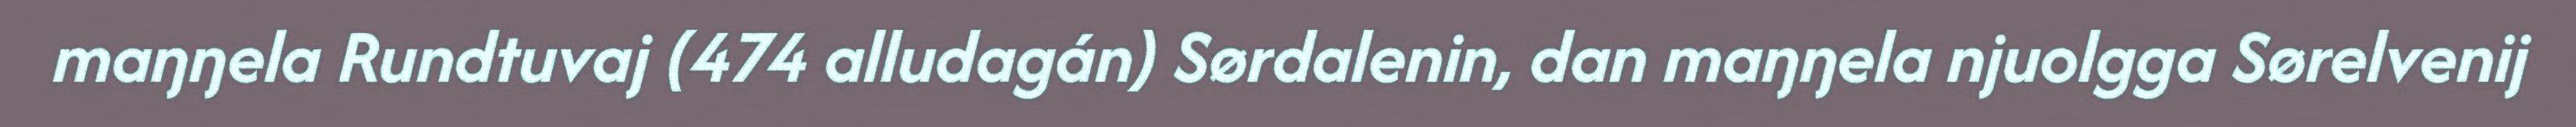
maŋŋela Rundtuvaj (474 alludagán) Sørdalenin, dan maŋŋela njuolgga Sørelvenij